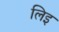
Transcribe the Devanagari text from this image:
लिइ